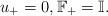
LaTeX: \begin{align*}u_{+}=0,\mathbb{F}_{+}=\mathbb{I}.\end{align*}